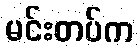
မင်းတပ်က